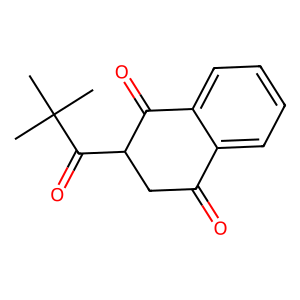
SMILES: CC(C)(C)C(=O)C1CC(=O)c2ccccc2C1=O
Inhibits HIV replication: No